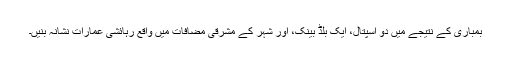
بمباری کے نتیجے میں دو اسپتال، ایک بلڈ بینک، اور شہر کے مشرقی مضافات میں واقع رہائشی عمارات نشانہ بنیں۔